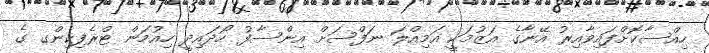
ހިއްސާކޮށްފައިވާއިރު އޭނާގެ އަޒުމަކީ އަމިއްލަ ނަފްސަށް އިންސާފު ހޯދައިދީ ހިއުމަން ޓްރެފިކިންގ ގެ